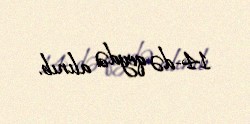
14-də qeydə alınıb.